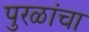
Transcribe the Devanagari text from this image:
पुरळांचा